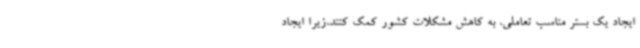
ایجاد یک بستر مناسب تعاملی، به کاهش مشکلات کشور کمک کنند،زیرا ایجاد